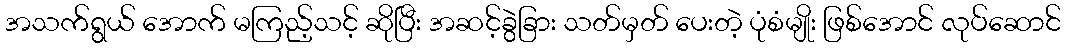
အသက်ရွယ် အောက် မကြည့်သင့် ဆိုပြီး အဆင့်ခွဲခြား သတ်မှတ် ပေးတဲ့ ပုံစံမျိုး ဖြစ်အောင် လုပ်ဆောင်